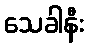
သေခါနီး